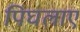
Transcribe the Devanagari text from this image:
पिघलाए